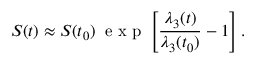
S ( t ) \approx S ( t _ { 0 } ) \: \textrm { e x p } \left[ \frac { \lambda _ { 3 } ( t ) } { \lambda _ { 3 } ( t _ { 0 } ) } - 1 \right] .